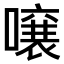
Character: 𫬄